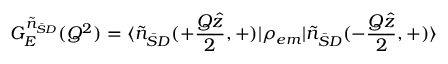
G _ { E } ^ { \tilde { n } _ { \bar { S } D } } ( Q ^ { 2 } ) = \langle \tilde { n } _ { \bar { S } D } ( + { \frac { Q \hat { z } } { 2 } } , + ) \vert \rho _ { e m } \vert \tilde { n } _ { \bar { S } D } ( - { \frac { Q \hat { z } } { 2 } } , + ) \rangle